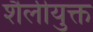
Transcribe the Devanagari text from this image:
शैलीयुक्त